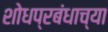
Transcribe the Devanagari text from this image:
शोधप्रबंधाच्या